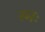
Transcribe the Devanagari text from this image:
स्मः